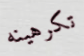
تكرهينه